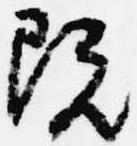
既